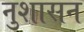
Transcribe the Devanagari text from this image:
नुशासन